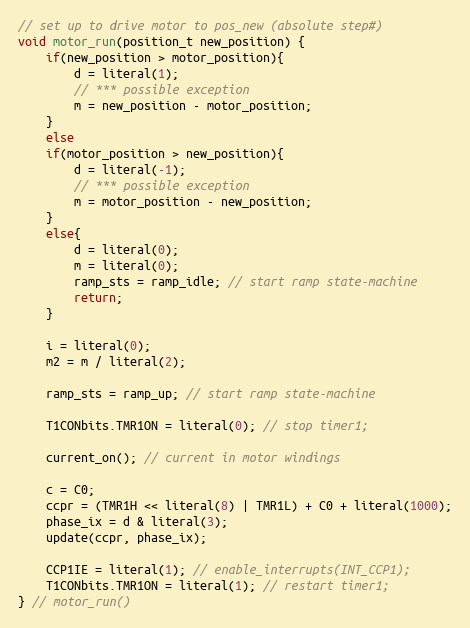
Language: C
// set up to drive motor to pos_new (absolute step#)
void motor_run(position_t new_position) {
    if(new_position > motor_position){
        d = literal(1);
        // *** possible exception
        m = new_position - motor_position;
    }
    else
    if(motor_position > new_position){
        d = literal(-1);
        // *** possible exception
        m = motor_position - new_position;
    }
    else{
        d = literal(0);
        m = literal(0);
        ramp_sts = ramp_idle; // start ramp state-machine
        return;
    }

    i = literal(0);
    m2 = m / literal(2);

    ramp_sts = ramp_up; // start ramp state-machine

    T1CONbits.TMR1ON = literal(0); // stop timer1;

    current_on(); // current in motor windings

    c = C0;
    ccpr = (TMR1H << literal(8) | TMR1L) + C0 + literal(1000);
    phase_ix = d & literal(3);
    update(ccpr, phase_ix);

    CCP1IE = literal(1); // enable_interrupts(INT_CCP1);
    T1CONbits.TMR1ON = literal(1); // restart timer1;
} // motor_run()